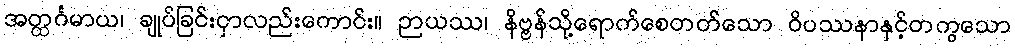
အတ္ထင်္ဂမာယ၊ ချုပ်ခြင်းငှာလည်းကောင်း။ ဉာယဿ၊ နိဗ္ဗန်သို့ရောက်စေတတ်သော ဝိပဿနာနှင့်တကွသော